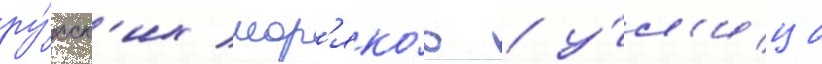
ру́сск'их мор'яко́в / у́л'ица